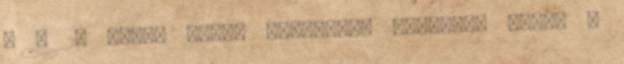
- A 2. Ukrán Front általános támadást indít a